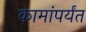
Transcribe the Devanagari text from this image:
कामांपर्यंत